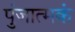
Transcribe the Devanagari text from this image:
पुंजात्मकं